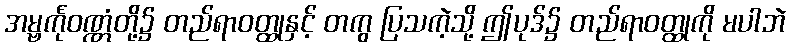
အမ္ဗင်္ကုဝဏ္ဏံတို့၌ တည်ရာဝတ္ထုနှင့် တကွ ပြသကဲ့သို့ ဤပုဒ်၌ တည်ရာဝတ္ထုကို မပါဘဲ